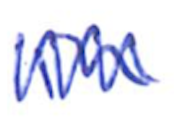
Text: in
Cross-out: zig-zag
Writing tool: ballpoint